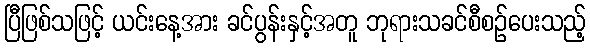
ပြီဖြစ်သဖြင့် ယင်းနေ့အား ခင်ပွန်းနှင့်အတူ ဘုရားသခင်စီစဉ်ပေးသည့်